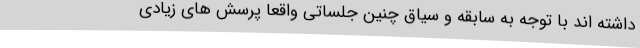
داشته اند با توجه به سابقه و سیاق چنین جلساتی واقعا پرسش های زیادی